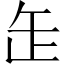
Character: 𦈢